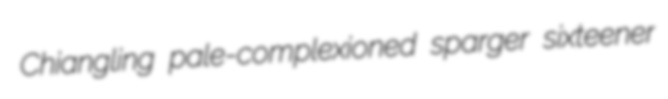
Chiangling pale-complexioned sparger sixteener